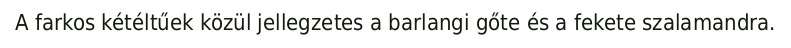
A farkos kétéltűek közül jellegzetes a barlangi gőte és a fekete szalamandra.